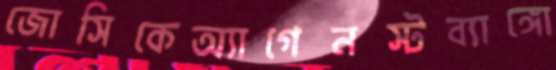
জোসিকেঅ্যাগেনস্টব্যাঙ্গো